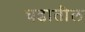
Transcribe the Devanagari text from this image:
घडातील